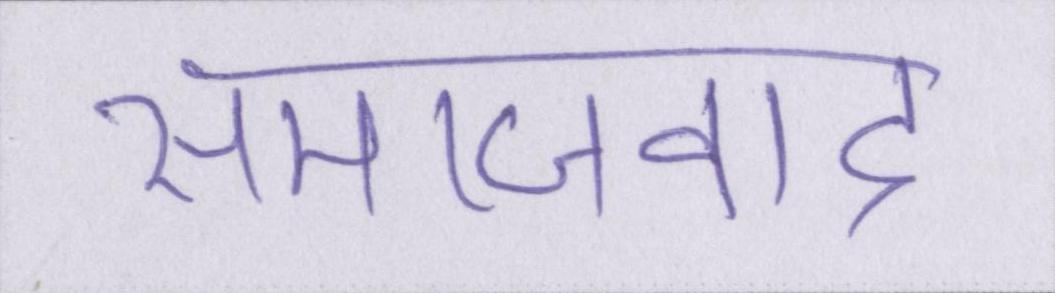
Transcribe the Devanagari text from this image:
समाजवाद